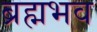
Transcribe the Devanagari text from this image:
ब्रह्मभव